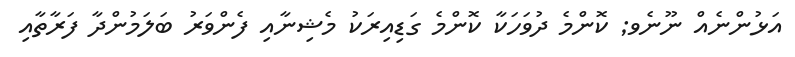
އަޅުންނެއް ނޫނެވ; ކޮންމެ ދުވަހަކާ ކޮންމެ ގަޑިއިރަކު މެޝިނާއި ފެންވަރު ބަލަމުންދާ ފަރާތާއި